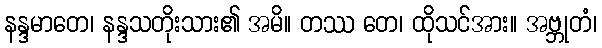
နန္ဒမာတေ၊ နန္ဒသတိုးသား၏ အမိ။ တဿ တေ၊ ထိုသင်အား။ အဗ္ဘုတံ၊